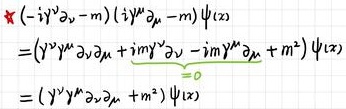
\[
\begin{align*}
\not \! \partial (\ -i \gamma^{\nu} \partial_{\nu} - m) (i \gamma^{\mu} \partial_{\mu} - m) \psi(x) &= (\gamma^{\nu} \gamma^{\mu} \partial_{\nu} \partial_{\mu} + i m \gamma^{\nu} \partial_{\nu} - i m \gamma^{\mu} \partial_{\mu} + m^{2}) \psi(x)\\
&= (\gamma^{\nu} \gamma^{\mu} \partial_{\nu} \partial_{\mu} + m^{2}) \psi(x)
\end{align*}
\]